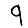
Digit: 9